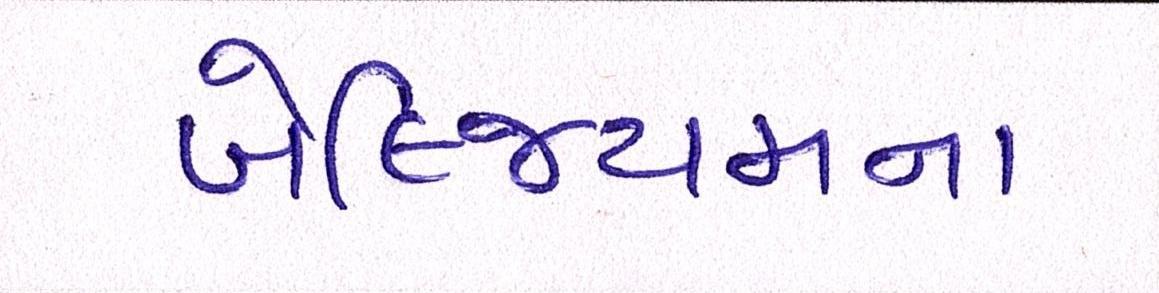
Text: બેલ્જિયમના